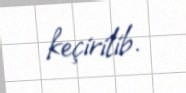
keçirilib.